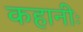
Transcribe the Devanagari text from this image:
कहानीः